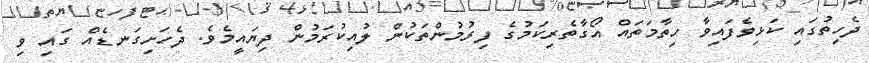
ދެހިތުގައި ކަޅިވެފައިވާ ހިތާމަތައް އޯގާތެރިކަމުގެ ފިރުމުންތަކުން ލުއިކުރަމުން ދިޔައީމެވެ. ދެހަށިގަނޑެއް ގައި ވި